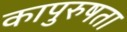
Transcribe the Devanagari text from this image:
कापुरुषता